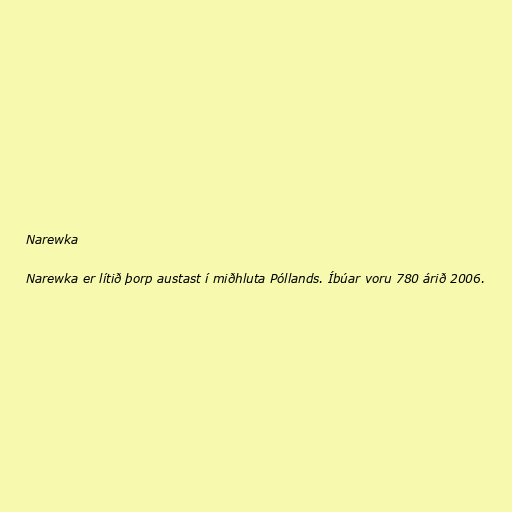
Narewka

Narewka er lítið þorp austast í miðhluta Póllands. Íbúar voru 780 árið 2006.